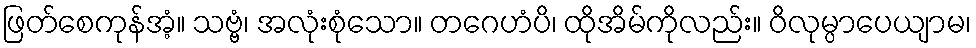
ဖြတ်စေကုန်အံ့။ သဗ္ဗံ၊ အလုံးစုံသော။ တဂေဟံပိ၊ ထိုအိမ်ကိုလည်း။ ဝိလုမ္ပာပေယျာမ၊